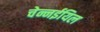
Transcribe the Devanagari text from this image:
चेन्नईयिल